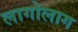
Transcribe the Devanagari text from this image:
लागोलाग